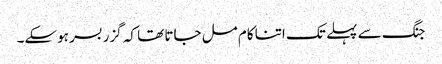
جنگ سے پہلے تک اتنا کام مل جاتا تھا کہ گزر بسر ہوسکے۔